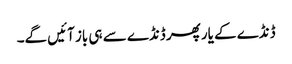
ڈنڈے کے یار پھر ڈنڈے سے ہی باز آئیں گے۔